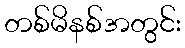
တစ်မိနစ်အတွင်း